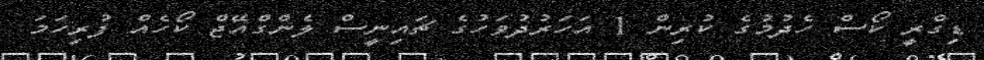
ޑިގްރީ ކޯސް ހެދުމުގެ ކުރިން 1 އަހަރުދުވަހުގެ ޗައިނީސް ލެންގްއޭޖް ކޯހެއް ފުރިހަމަ